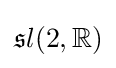
{{\mathfrak {s}}l}(2,\mathbb {R} )